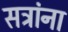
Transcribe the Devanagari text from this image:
सत्रांना